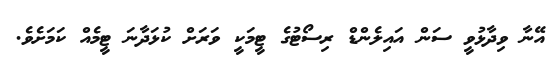
އޭނާ ވިދާޅުވީ ސަން އައިލެންޑް ރިސޯޓުގެ ޓީމަކީ ވަަރަށް ކުޅަދާނަ ޓީމެއް ކަމަށެވެ.